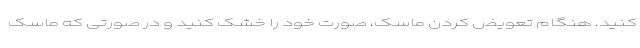
کنید. هنگام تعویض کردن ماسک، صورت خود را خشک کنید و در صورتی که ماسک